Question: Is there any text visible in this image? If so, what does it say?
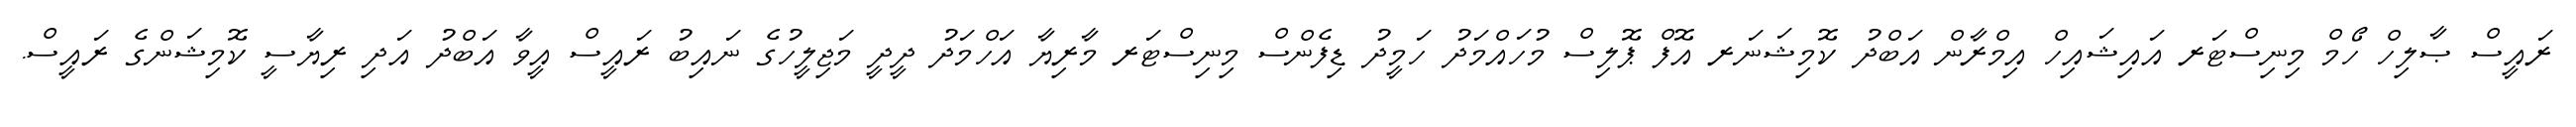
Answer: ރައީސް ޞާލިހް ހޯމް މިނިސްޓަރ އައިޝައިހް އިމްރާން އަބްދު ކޮމިޝަނަރ އޮފް ޕޮލިސް މުހައްމަދު ހަމީދު ޑިފެންސް މިނިސްޓަރ މާރިޔާ އަހްމަދު ދީދީ މަޖިލީހުގެ ނައިބު ރައީސް އީވާ އަބްދު އަދި ރިޔާސީ ކޮމިޝަންގެ ރައީސް.